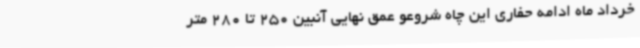
خرداد ماه ادامه حفاری این چاه شروعو عمق نهایی آنبین 250 تا 280 متر